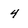
Character: 4